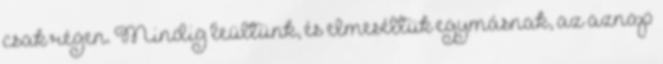
csak régen. Mindig leültünk, és elmeséltük egymásnak, az aznap